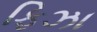
ફિઝા